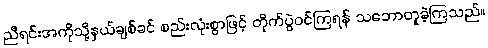
ညီရင်းအကိုသို့နှယ်ချစ်ခင် စည်းလုံးစွာဖြင့် တိုက်ပွဲဝင်ကြရန် သဘောတူခဲ့ကြသည်။